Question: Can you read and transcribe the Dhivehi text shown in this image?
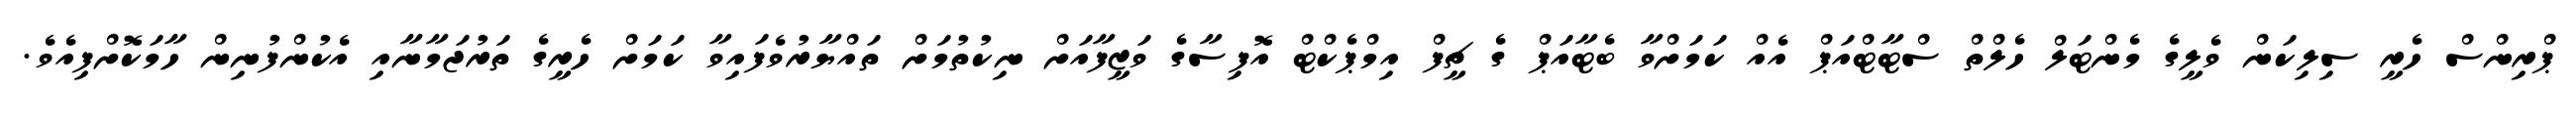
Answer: ޕްރިންސް ހެރީ ސިލިކަން ވެލީގެ މެންޓަލް ހެލްތް ސްޓާޓްއަޕް އެއް ކަމަށްވާ ބެޓާއަޕް ގެ ޗީފް އިމްޕެކްޓް އޮފިސާގެ ވަޒީފާއަށް ނިކުތުމަށް ތައްޔާރުވެފައިވާ ކަމަށް ހެރީގެ ތަރުޖަމާނާއި އެކުންފުނިން ހާމަކޮށްފިއެވެ.